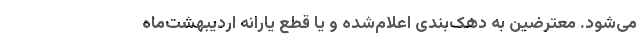
می‌شود. معترضین به دهک‌بندی اعلام‌شده و یا قطع یارانه اردیبهشت‌ماه